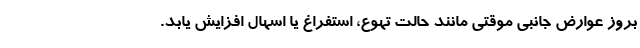
بروز عوارض جانبی موقتی مانند حالت تهوع، استفراغ یا اسهال افزایش یابد.